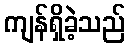
ကျန်ရှိခဲ့သည်